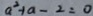
a ^ { 2 } + a - 2 = 0